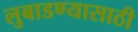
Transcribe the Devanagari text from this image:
लुबाडण्यासाठी